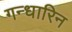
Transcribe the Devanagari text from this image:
गन्धारिन